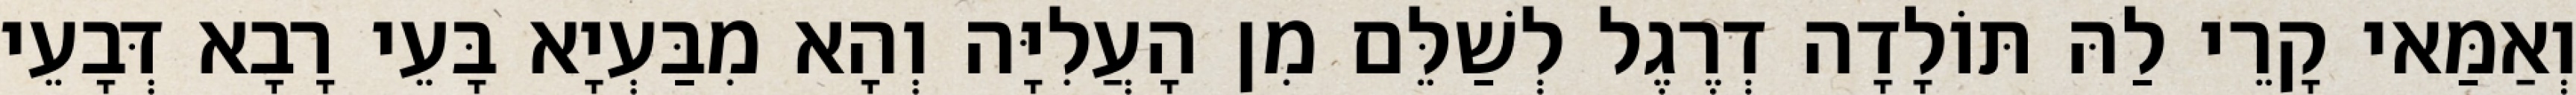
וְאַמַּאי קָרֵי לַהּ תּוֹלָדָה דְרֶגֶל לְשַׁלֵּם מִן הָעֲלִיָּה וְהָא מִבַּעְיָא בָּעֵי רָבָא דְּבָעֵי